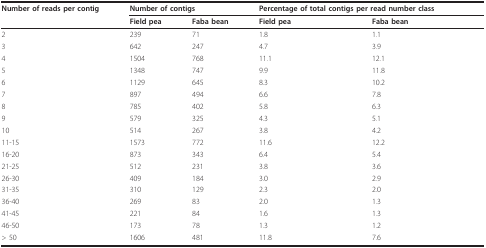
| Number of reads per contig | <COLSPAN=2> Number of contigs | <COLSPAN=2> Percentage of total contigs per read number class |
 |  | Field pea | Faba bean | Field pea | Faba bean |
 | --- | --- | --- | --- | --- |
 | 2 | 239 | 71 | 1.8 | 1.1 |
 | 3 | 642 | 247 | 4.7 | 3.9 |
 | 4 | 1504 | 768 | 11.1 | 12.1 |
 | 5 | 1348 | 747 | 9.9 | 11.8 |
 | 6 | 1129 | 645 | 8.3 | 10.2 |
 | 7 | 897 | 494 | 6.6 | 7.8 |
 | 8 | 785 | 402 | 5.8 | 6.3 |
 | 9 | 579 | 325 | 4.3 | 5.1 |
 | 10 | 514 | 267 | 3.8 | 4.2 |
 | 11-15 | 1573 | 772 | 11.6 | 12.2 |
 | 16-20 | 873 | 343 | 6.4 | 5.4 |
 | 21-25 | 512 | 231 | 3.8 | 3.6 |
 | 26-30 | 409 | 184 | 3.0 | 2.9 |
 | 31-35 | 310 | 129 | 2.3 | 2.0 |
 | 36-40 | 269 | 83 | 2.0 | 1.3 |
 | 41-45 | 221 | 84 | 1.6 | 1.3 |
 | 46-50 | 173 | 78 | 1.3 | 1.2 |
 | > 50 | 1606 | 481 | 11.8 | 7.6 |